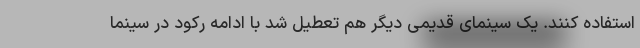
استفاده کنند. یک سینمای قدیمی دیگر هم تعطیل شد با ادامه رکود در سینما